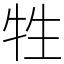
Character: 牲